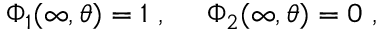
\Phi _ { 1 } ( \infty , \theta ) = 1 \ , \ \ \ \ \Phi _ { 2 } ( \infty , \theta ) = 0 \ ,